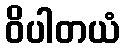
ဝိပါတယံ